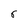
Character: 6